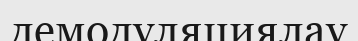
демодуляциялау